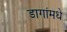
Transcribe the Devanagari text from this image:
डागांमधे